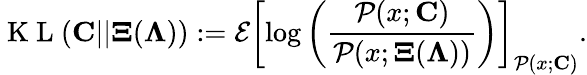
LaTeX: \mathrm{~K~L~}({\mathbf C}||{\mathbf\Xi}({\mathbf\Lambda})):=\mathcal{E}\left[\log\left(\frac{\mathcal{P}(x;{\mathbf C})}{\mathcal{P}(x;{\mathbf\Xi}({\mathbf\Lambda}))}\right)\right]_{\mathcal{P}(x;{\mathbf C})}.